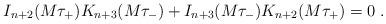
LaTeX: \begin{align*}I_{n+2}(M\tau_{+})K_{n+3}(M\tau_{-})+I_{n+3}(M\tau_{-})K_{n+2}(M\tau_{+})=0 \; .\end{align*}